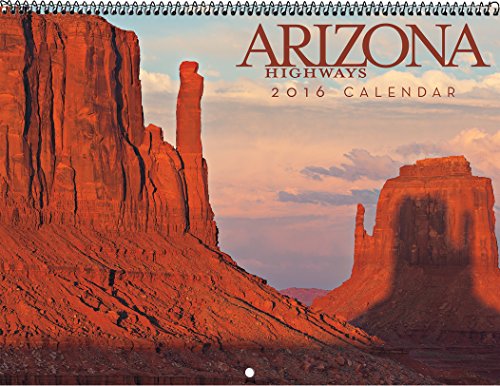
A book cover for Arizona Highways 2016 Classic Wall Calendar; Arizona Highways; Calendars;